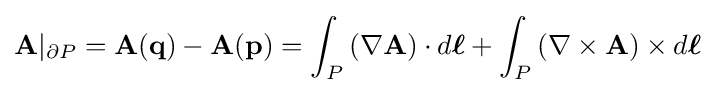
\mathbf {A} |_{\partial P}=\mathbf {A} (\mathbf {q} )-\mathbf {A} (\mathbf {p} )=\int _{P}\left(\nabla \mathbf {A} \right)\cdot d{\boldsymbol {\ell }}+\int _{P}\left(\nabla \times \mathbf {A} \right)\times d{\boldsymbol {\ell }}